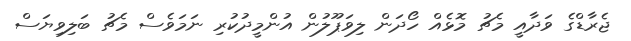
ޖެރާޑްގެ ވަދާއީ މެޗު މޮޅެއް ހޯދަން ލިވަޕޫލުން އުންމީދުކުރި ނަމަވެސް މެޗު ބަލިވިޔަސް